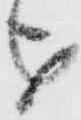
を